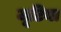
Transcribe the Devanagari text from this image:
जूटिया